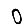
Digit: 0